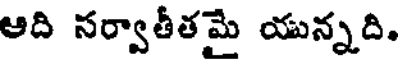
ఆది సర్వాతీతమై యున్నది.